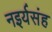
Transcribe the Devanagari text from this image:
नइर्यसंह